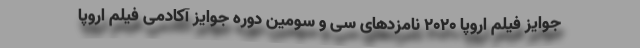
جوایز فیلم اروپا ۲۰۲۰ نامزدهای سی و سومین دوره جوایز آکادمی فیلم اروپا